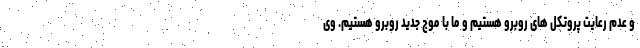
و عدم رعایت پروتکل های روبرو هستیم و ما با موج جدید روبرو هستیم. وی